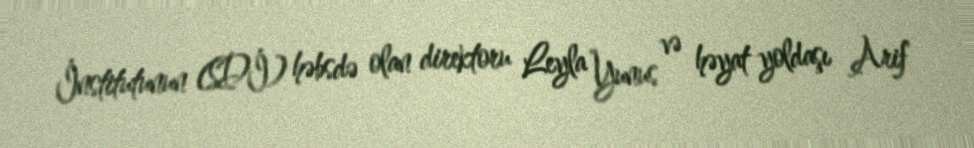
İnstitutunun (SDİ) həbsdə olan direktoru Leyla Yunus və həyat yoldaşı Arif